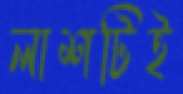
লাশটিই